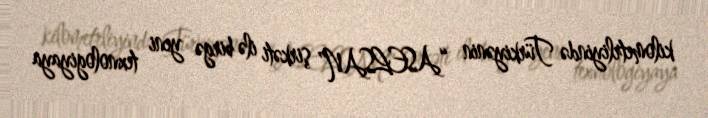
kilometrliyində Türkiyənin “ASELSAN” şirkəti ilə birgə yeni texnologiyaya